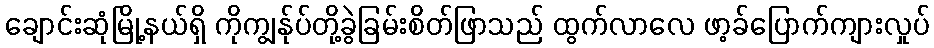
ချောင်းဆုံမြို့နယ်ရှိ ကိုကျွန်ုပ်တို့ခွဲခြမ်းစိတ်ဖြာသည် ထွက်လာလေ ဖာ့ခ်ပြောက်ကျားလှုပ်